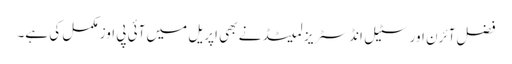
فضل آئرن اور سٹیل انڈسٹریز لمیٹڈ نے بھی اپریل میں آئی پی اوز مکمل کی ہے۔